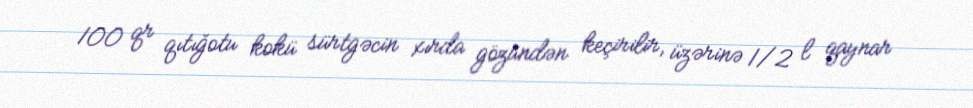
100 qr qıtığotu kokü sürtgəcin xırda gözündən keçirilir, üzərinə 1/2 l qaynar